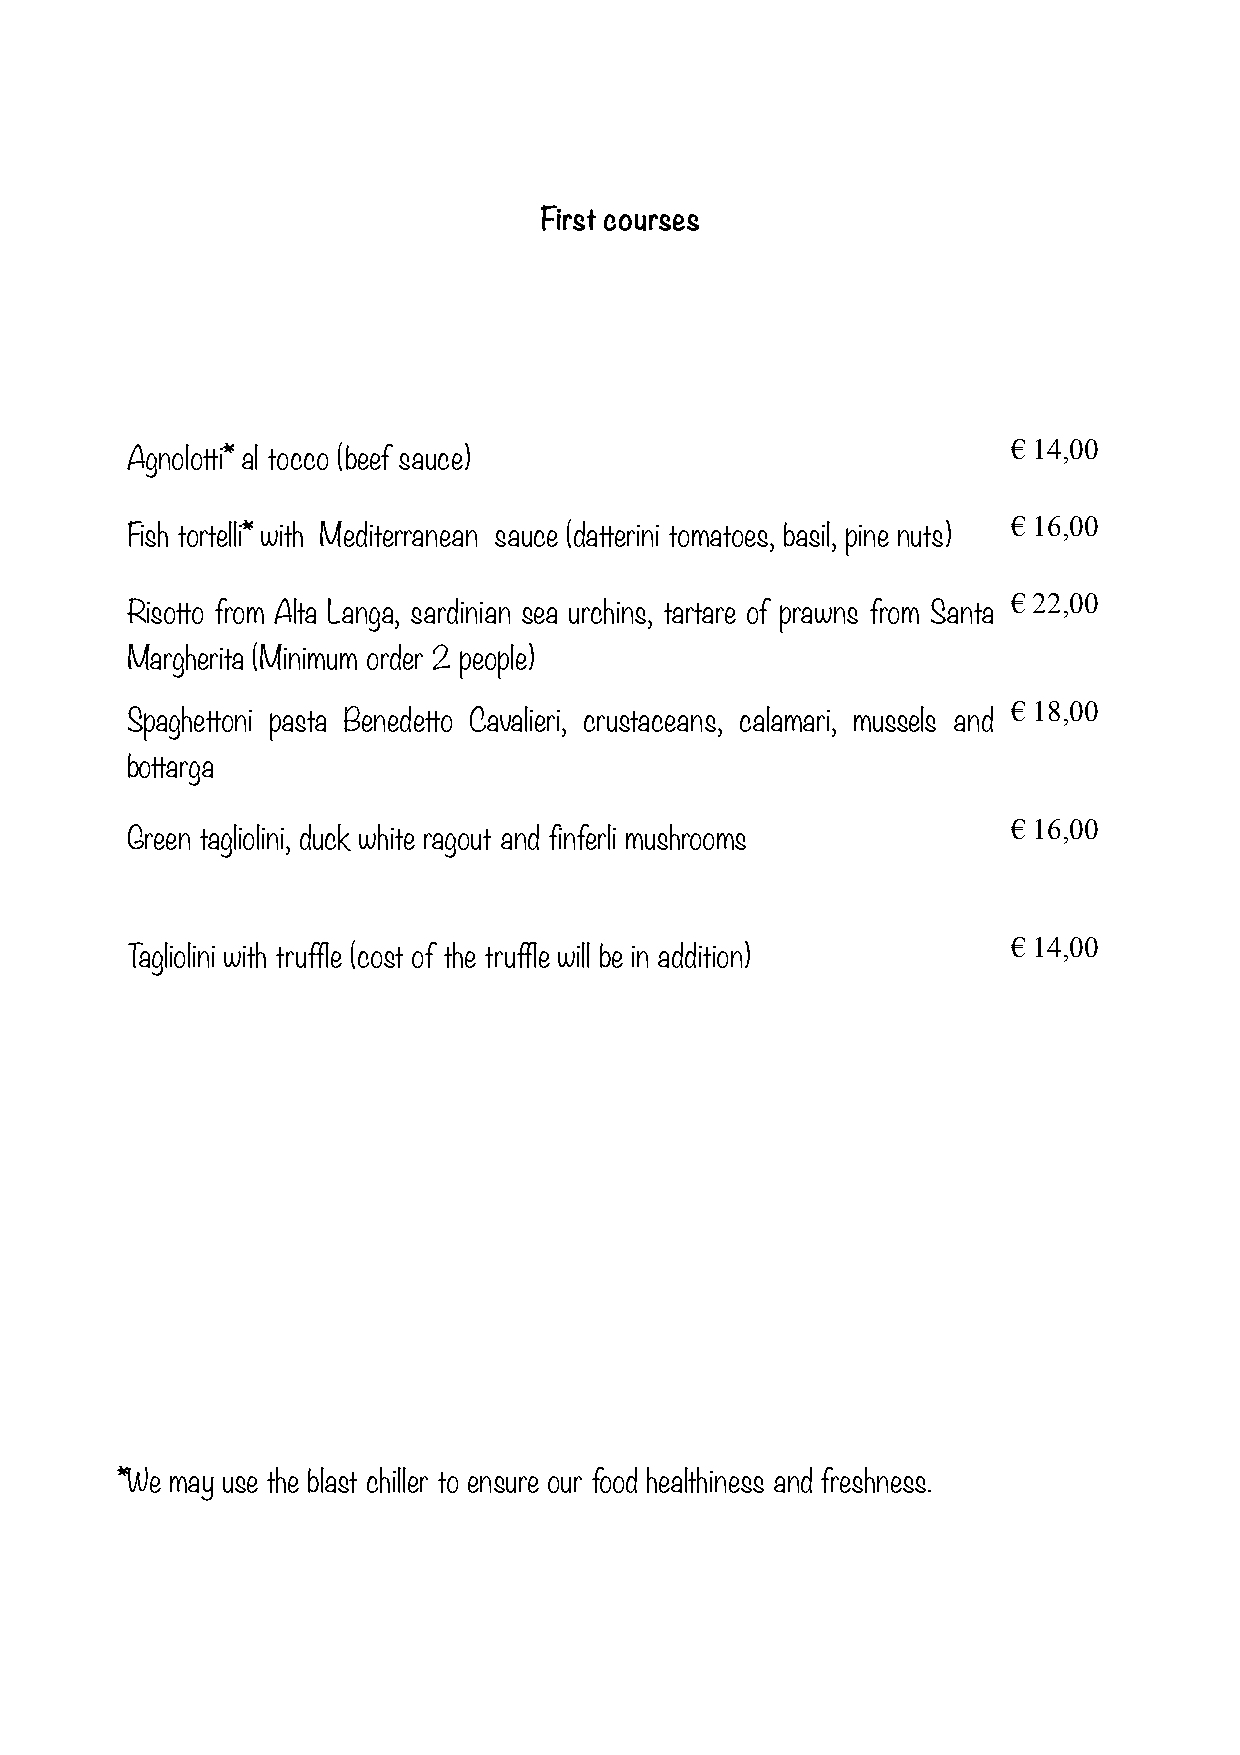
First courses
 € 14,00
 Agnolotti* al tocco (beef sauce)
 € 16,00
 Fish tortelli* with Mediterranean sauce (datterini tomatoes, basil, pine nuts)
 € 22,00
 Risotto from Alta Langa, sardinian sea urchins, tartare of prawns from Santa
 Margherita (Minimum order 2 people)
 € 18,00
 Spaghettoni pasta Benedetto Cavalieri, crustaceans, calamari, mussels and
 bottarga
 € 16,00
 Green tagliolini, duck white ragout and finferli mushrooms
 € 14,00
 Tagliolini with truffle (cost of the truffle will be in addition)
 *We may use the blast chiller to ensure our food healthiness and freshness.